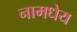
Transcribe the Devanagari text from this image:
नामधेय